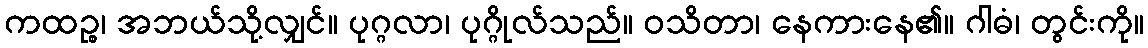
ကထဉ္စ၊ အဘယ်သို့လျှင်။ ပုဂ္ဂလာ၊ ပုဂ္ဂိုလ်သည်။ ဝသိတာ၊ နေကားနေ၏။ ဂါဓံ၊ တွင်းကို။